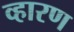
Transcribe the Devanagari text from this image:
व्हारण